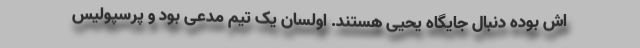
اش بوده دنبال جایگاه یحیی هستند. اولسان یک تیم مدعی بود و پرسپولیس